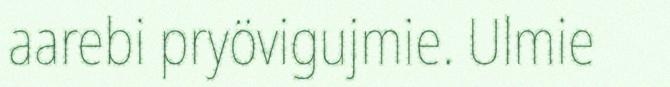
aarebi pryövigujmie. Ulmie